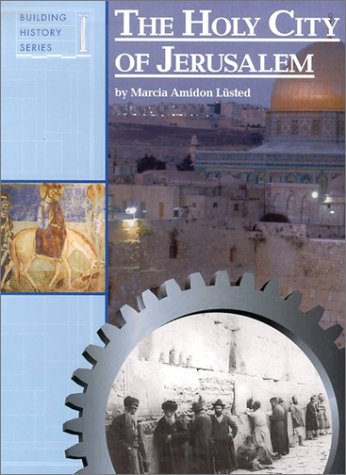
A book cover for Holy City of Jerusalem (Building History Series); Marcia Amidon Lusted; Teen & Young Adult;